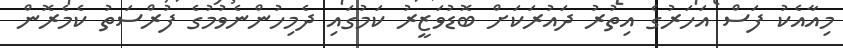
މިއާއެކު ފަސް އަހަރުގެ އިތުރު ދައުރަކަށް ބޮޑުވަޒީރު ކަމުގައި ދެމިހުންނެވުމުގެ ފުރްސަތު ކެމެރޮން